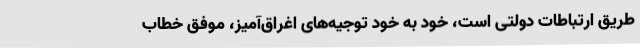
طریق ارتباطات دولتی است، خود به خود توجیه‌های اغراق‌آمیز، موفق خطاب